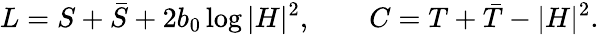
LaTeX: L=S+\bar{S}+2b_{0}\log|H|^{2},\qquad C=T+\bar{T}-|H|^{2}.